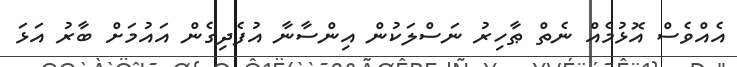
އެއްވެސް އޮޅުމެއް ނެތް ޠާހިރު ނަސްލަކުން އިންސާނާ އުފެދިގެން އައުމަށް ބާރު އަޅަ